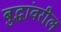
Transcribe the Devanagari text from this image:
बुद्धांवरील